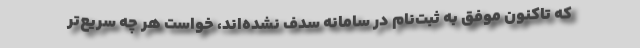
که تاکنون موفق به ثبت‌نام در سامانه سدف نشده‌اند، خواست هر چه سریع‌تر